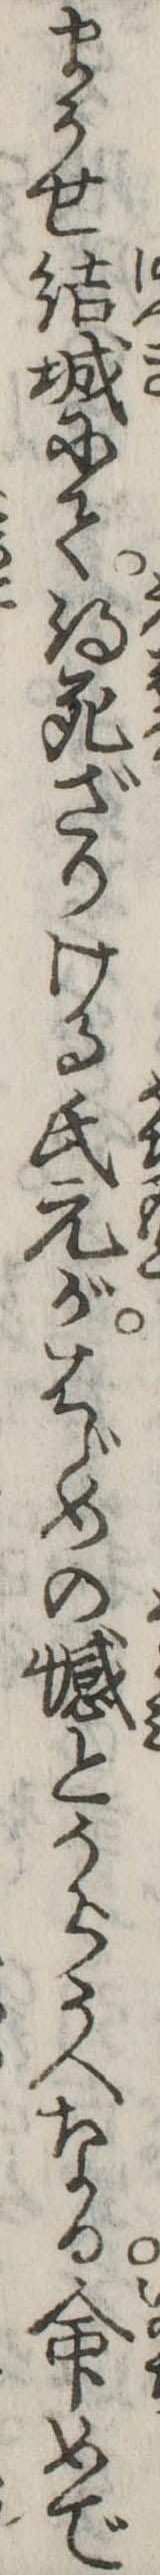
まうせ結城にて得死ざりける氏元がはじめの憾とうらうへなる命めで